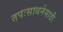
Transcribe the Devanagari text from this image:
तपःसाधनेसाठी